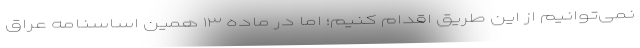
نمی‌توانیم از این طریق اقدام کنیم؛ اما در ماده ۱۳ همین اساسنامه عراق